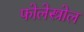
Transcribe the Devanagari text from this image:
फोलेस्त्रोल